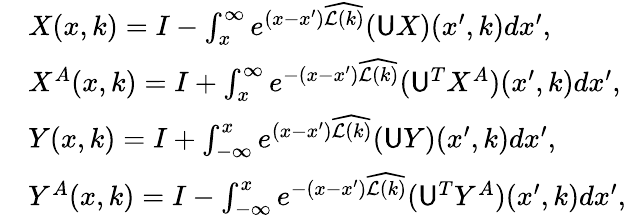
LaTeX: \begin{array}{rl}&{X(x,k)=I-\int_{x}^{\infty}e^{(x-x^{\prime})\widehat{\mathcal{L}(k)}}(\mathsf{U}X)(x^{\prime},k)dx^{\prime},}\\ &{X^{A}(x,k)=I+\int_{x}^{\infty}e^{-(x-x^{\prime})\widehat{\mathcal{L}(k)}}(\mathsf{U}^{T}X^{A})(x^{\prime},k)dx^{\prime},}\\ &{Y(x,k)=I+\int_{-\infty}^{x}e^{(x-x^{\prime})\widehat{\mathcal{L}(k)}}(\mathsf{U}Y)(x^{\prime},k)dx^{\prime},}\\ &{Y^{A}(x,k)=I-\int_{-\infty}^{x}e^{-(x-x^{\prime})\widehat{\mathcal{L}(k)}}(\mathsf{U}^{T}Y^{A})(x^{\prime},k)dx^{\prime},}\end{array}